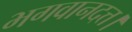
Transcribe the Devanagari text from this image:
भगवानदत्त।